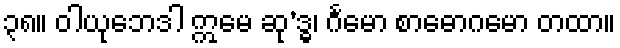
၃၈။ ဝါယုဘေဒါ ဣမေ ဆု’ဒ္ဓ၊ င်္ဂမော စာဓောဂမော တထာ။